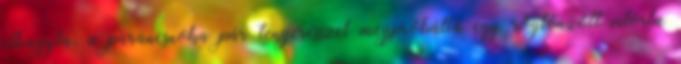
elhagyta, a parancsnoka pár tengerésszel megpróbálta egy rögtönzött vitorla